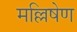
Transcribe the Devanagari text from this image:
मल्लिषेण